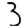
Digit: 3